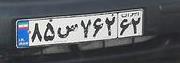
۸۵س۷۶۲۶۲